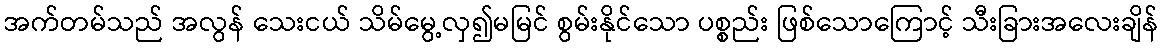
အက်တမ်သည် အလွန် သေးငယ် သိမ်မွေ့လှ၍မမြင် စွမ်းနိုင်သော ပစ္စည်း ဖြစ်သောကြောင့် သီးခြားအလေးချိန်